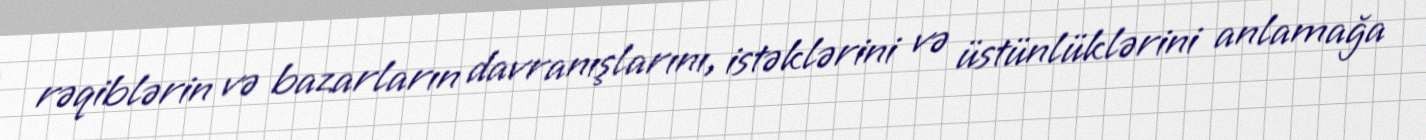
rəqiblərin və bazarların davranışlarını, istəklərini və üstünlüklərini anlamağa